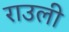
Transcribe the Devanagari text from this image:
राउली